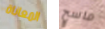
المعاناة ماسح